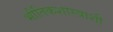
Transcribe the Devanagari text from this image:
भौतिकशास्त्राशी